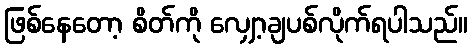
ဖြစ်နေတော့ စိတ်ကို လျှော့ချပစ်လိုက်ရပါသည်။